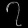
Digit: ၇